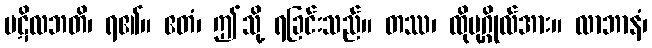
ပဋိလဘတိ၊ ရ၏။ ဧတံ၊ ဤသို့ ရခြင်းသည်။ တဿ၊ ထိုပုဂ္ဂိုလ်အား။ လာဘာနံ၊